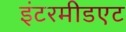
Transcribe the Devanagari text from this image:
इंटरमीडएट